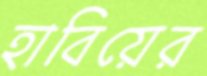
হাবিয়ের